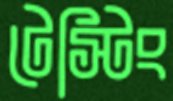
টেস্টিং